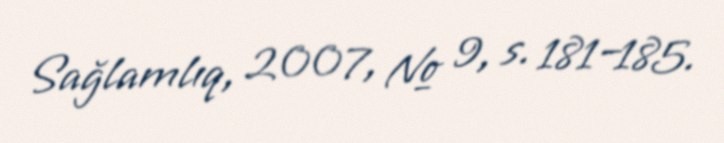
Sağlamlıq, 2007, № 9, s. 181–185.